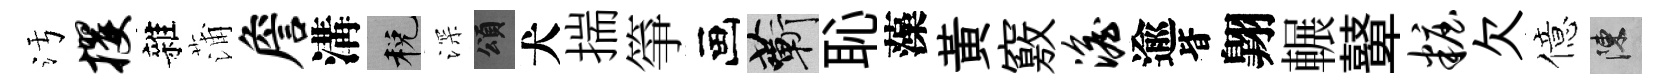
污攫雜蒲詹溝税深頌犬揣箏画蔪恥藻黃竅澹逾𣅜翺輾鼙妆欠億陳